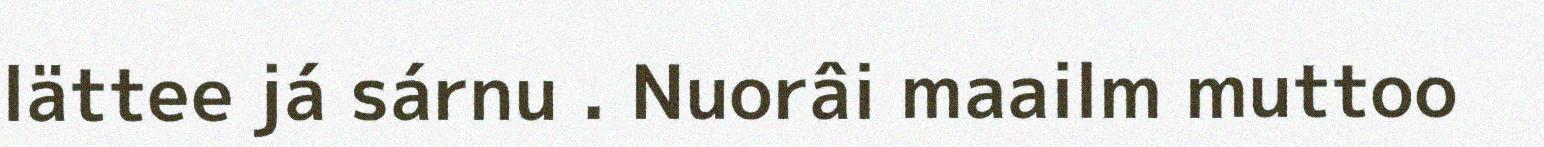
lättee já sárnu . Nuorâi maailm muttoo